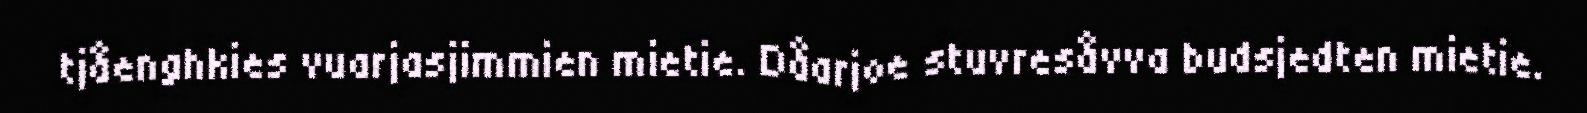
tjåenghkies vuarjasjimmien mietie. Dåarjoe stuvresåvva budsjedten mietie.